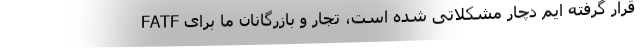
FATF قرار گرفته ایم دچار مشکلاتی شده است، تجار و بازرگانان ما برای